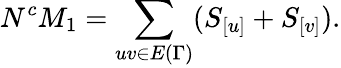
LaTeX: N^{c}M_{1}=\sum_{uv\in E{(\Gamma)}}(S_{[u]}+S_{[v]}).